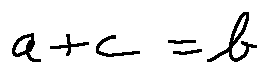
a + c = b